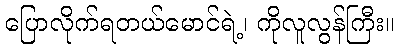
ပြောလိုက်ရတယ်မောင်ရဲ့၊ ကိုလူလွန်ကြီး။